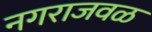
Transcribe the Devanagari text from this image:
नगराजवळ